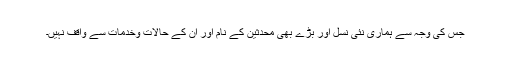
جس کی وجہ سے ہماری نئی نسل اور بڑے بھی محدثین کے نام اور ان کے حالات وخدمات سے واقف نہیں۔